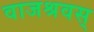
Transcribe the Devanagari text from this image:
वाजश्रवस्